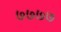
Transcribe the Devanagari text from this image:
७७७७